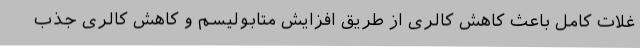
غلات کامل باعث کاهش کالری از طریق افزایش متابولیسم و کاهش کالری جذب